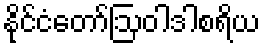
နိုင်ငံတော်ဩဝါဒါစရိယ